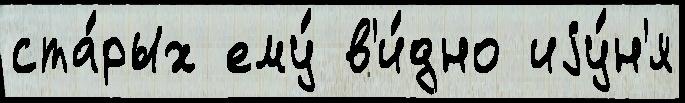
ста́рых ему́ в'и́дно иjу́н'я